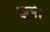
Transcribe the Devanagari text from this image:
बाजे।